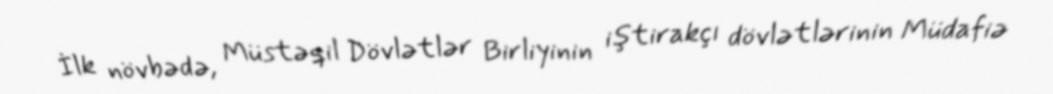
İlk növbədə, Müstəqil Dövlətlər Birliyinin iştirakçı dövlətlərinin Müdafiə